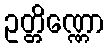
ဥတ္တိဏ္ဏော